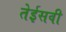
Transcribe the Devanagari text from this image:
तेईसवी